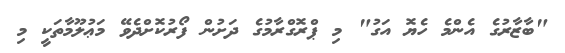
"ބާޒާރުގެ އެންމެ ހެޔޮ އަގު" މި ޕްރޮގްރާމުގެ ދަށުން ފޯރުކޮށްދެވޭ މަޢުލޫމާތަކީ މި